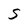
Character: s